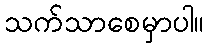
သက်သာစေမှာပါ။